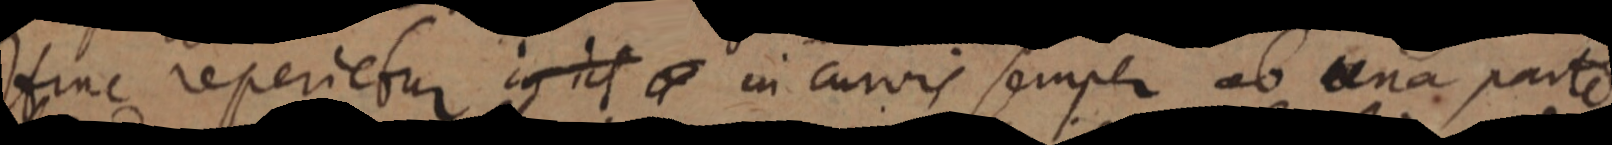
Hinc reperietur in it _ in curvis semper ab una parte